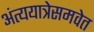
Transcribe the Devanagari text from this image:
अंत्ययात्रेसमवेत